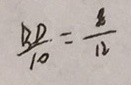
\frac { B D } { 1 0 } = \frac { 8 } { 1 2 }